Lunatic asylums Burma 1922-24 - 1922-1924
Year: 1922
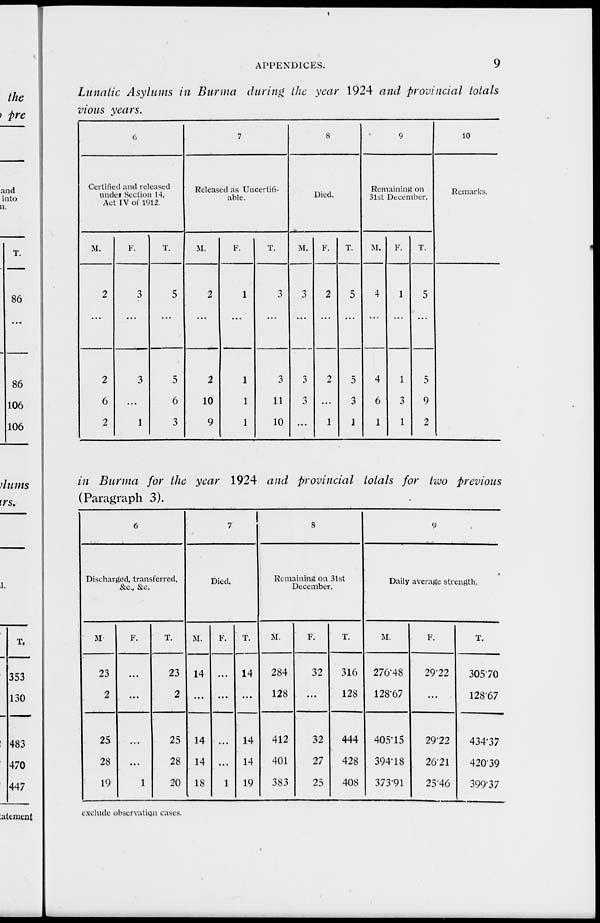
APPENDICES.
9
Lunatic Asylums in Burma during the year 1924 and provincial totals
vious years.
6
Certified and released
under Section 14,
Act IV of 1912.
M.
2
...
2
6
2
F.
3
...
3
...
1
T.
5
...
5
6
3
7
Released as Uncertifi-
able.
M.
2
...
2
10
9
F.
1
...
1
1
1
T.
3
11
10
8
Died.
M.
3
...
3
3
...
F.
2
...
2
...
1
T.
5
...
5
3
1
9
Remaining on
31st December.
M.
4
...
4
6
1
F.
1
...
1
3
1
T.
5
...
5
9
2
10
Remarks.
in Burma for the year 1924 and provincial totals for two previous
(Paragraph 3).
6
Discharged, transferred,
&c., &c.
M.
23
2
25
28
19
F.
...
...
...
...
1
T.
23
2
25
28
20
7
Died.
M.
14
...
14
14
18
F.
...
...
...
...
1
T.
14
...
14
14
19
8
Remaining on 3tst
December.
M.
284
128
412
401
383
F.
32
...
32
27
25
T.
316
128
444
428
408
9
Daily average strength.
M.
276.48
128.67
405.15
394.18
373.91
F.
29.22
...
29.22
26.21
25.46
T.
305.70
128.67
434.37
420.39
399.37
exclude observation cases.